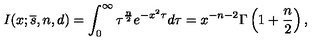
I ( x ; { \overline { s } } , n , d ) = \int _ { 0 } ^ { \infty } \tau ^ { { \frac { n } { 2 } } } e ^ { - x ^ { 2 } \tau } d \tau = x ^ { - n - 2 } \Gamma \left( 1 + { \frac { n } { 2 } } \right) ,